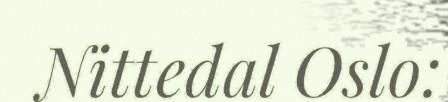
Nittedal Oslo: